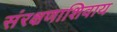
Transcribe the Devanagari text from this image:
संरक्षणाशिवाय